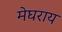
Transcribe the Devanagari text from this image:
मेघराय